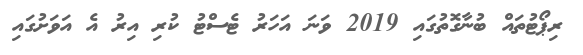
ރިޕޯޓުތައް ބުނާގޮތުގައި 2019 ވަނަ އަހަރު ޓެސްޓު ކުރި އިރު އެ އަވަށުގައި